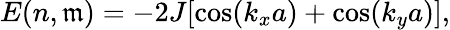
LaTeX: E(n,\mathfrak{m})=-2J[\cos(k_{x}a)+\cos(k_{y}a)],